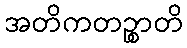
အတိကတဉ္စာတိ